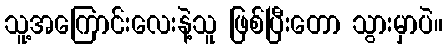
သူ့အကြောင်းလေးနဲ့သူ ဖြစ်ပြီးတော သွားမှာပဲ။